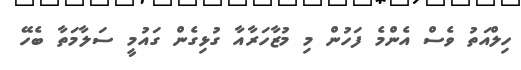
ހިލްއަތު ވެސް އެންމެ ފަހުން މި މުޒާހަރާއާ ގުޅިގެން ގައުމީ ސަލާމަތާ ބެހޭ